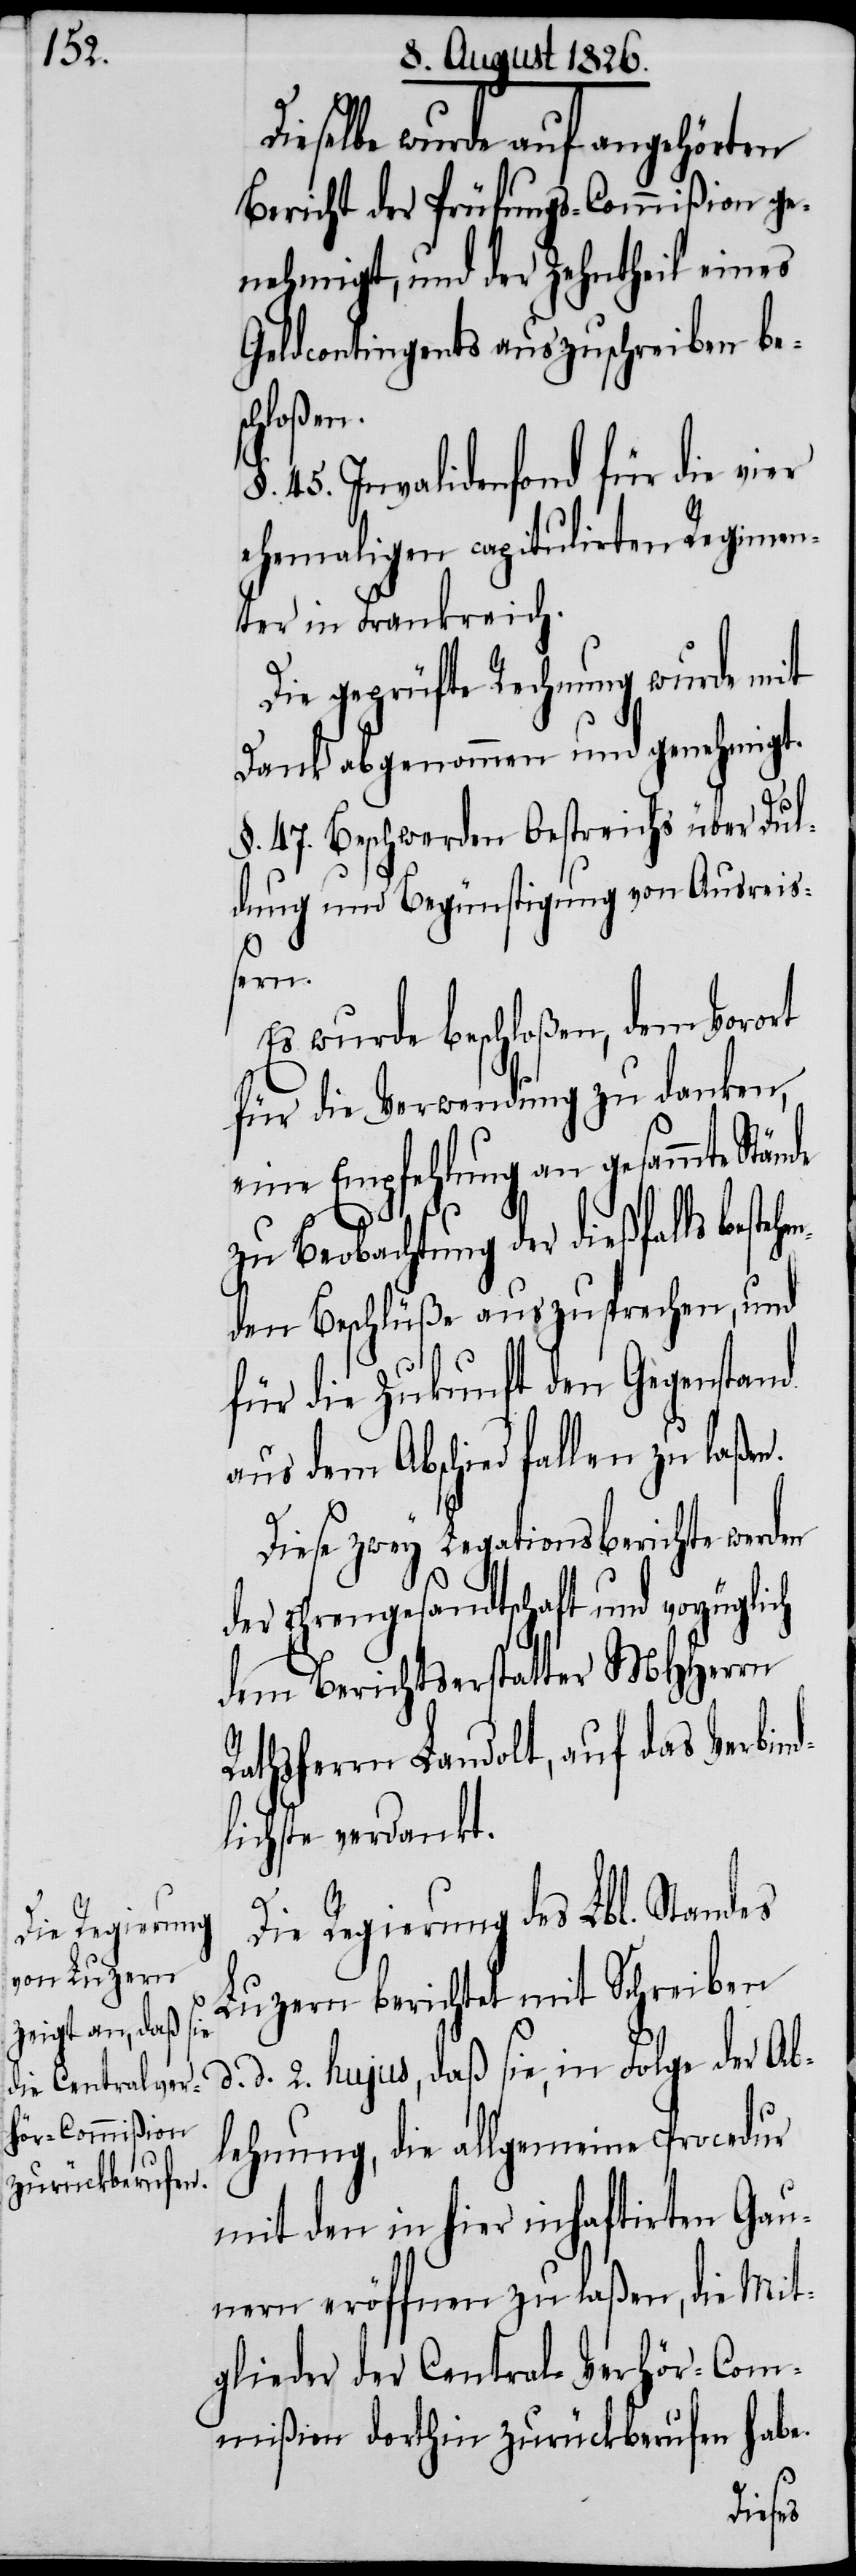
Dieselbe wurde auf angehörten
Bericht der Prüfungs-Commißion ge¬
nehmigt, und der Zehntheil eines
Geldcontingents auszuschreiben bes¬
chloßen.
§. 45. Invalidenfond für die vier
ehemaligen capitulirten Regimen¬
ter in Frankreich.
Die geprüfte Rechnung wurde mit
Dank abgenommen und genehmigt.
§. 47. Beschwerden Oestreichs über Dul¬
dung und Begünstigung von Ausrei¬
ehen¬
Es wurde beschloßen, dem Vorort
für die Verwendung zu danken,
eine Empfehlung an gesammte Stän¬
zu Beobachtung der dießfalls best¬
den Beschlüße auszusprechen, und
für die Zukunft den Gegenstand
aus dem Abschied fallen zu laßen.
Diese zwey Legationsberichte werden
der Ehrengesandtschaft und vorzügl¬
dem Berichtserstatter MHHerrn
Rathsherrn Landolt, auf das Verbind¬
lichste verdankt.
de
Die Regierung des Lbl. Standes
Luzern berichtet mit Schreiben
d. 2. hujus, daß sie, in Folge der Ab¬
lehnung, die allgemeine Procedur
mit den in hier inhaftirten Gau¬
nern eröffnen zu laßen, die Mit¬
glieder der Central-Verhör-Com¬
mißion dorthin zurückberufen habe.
ich